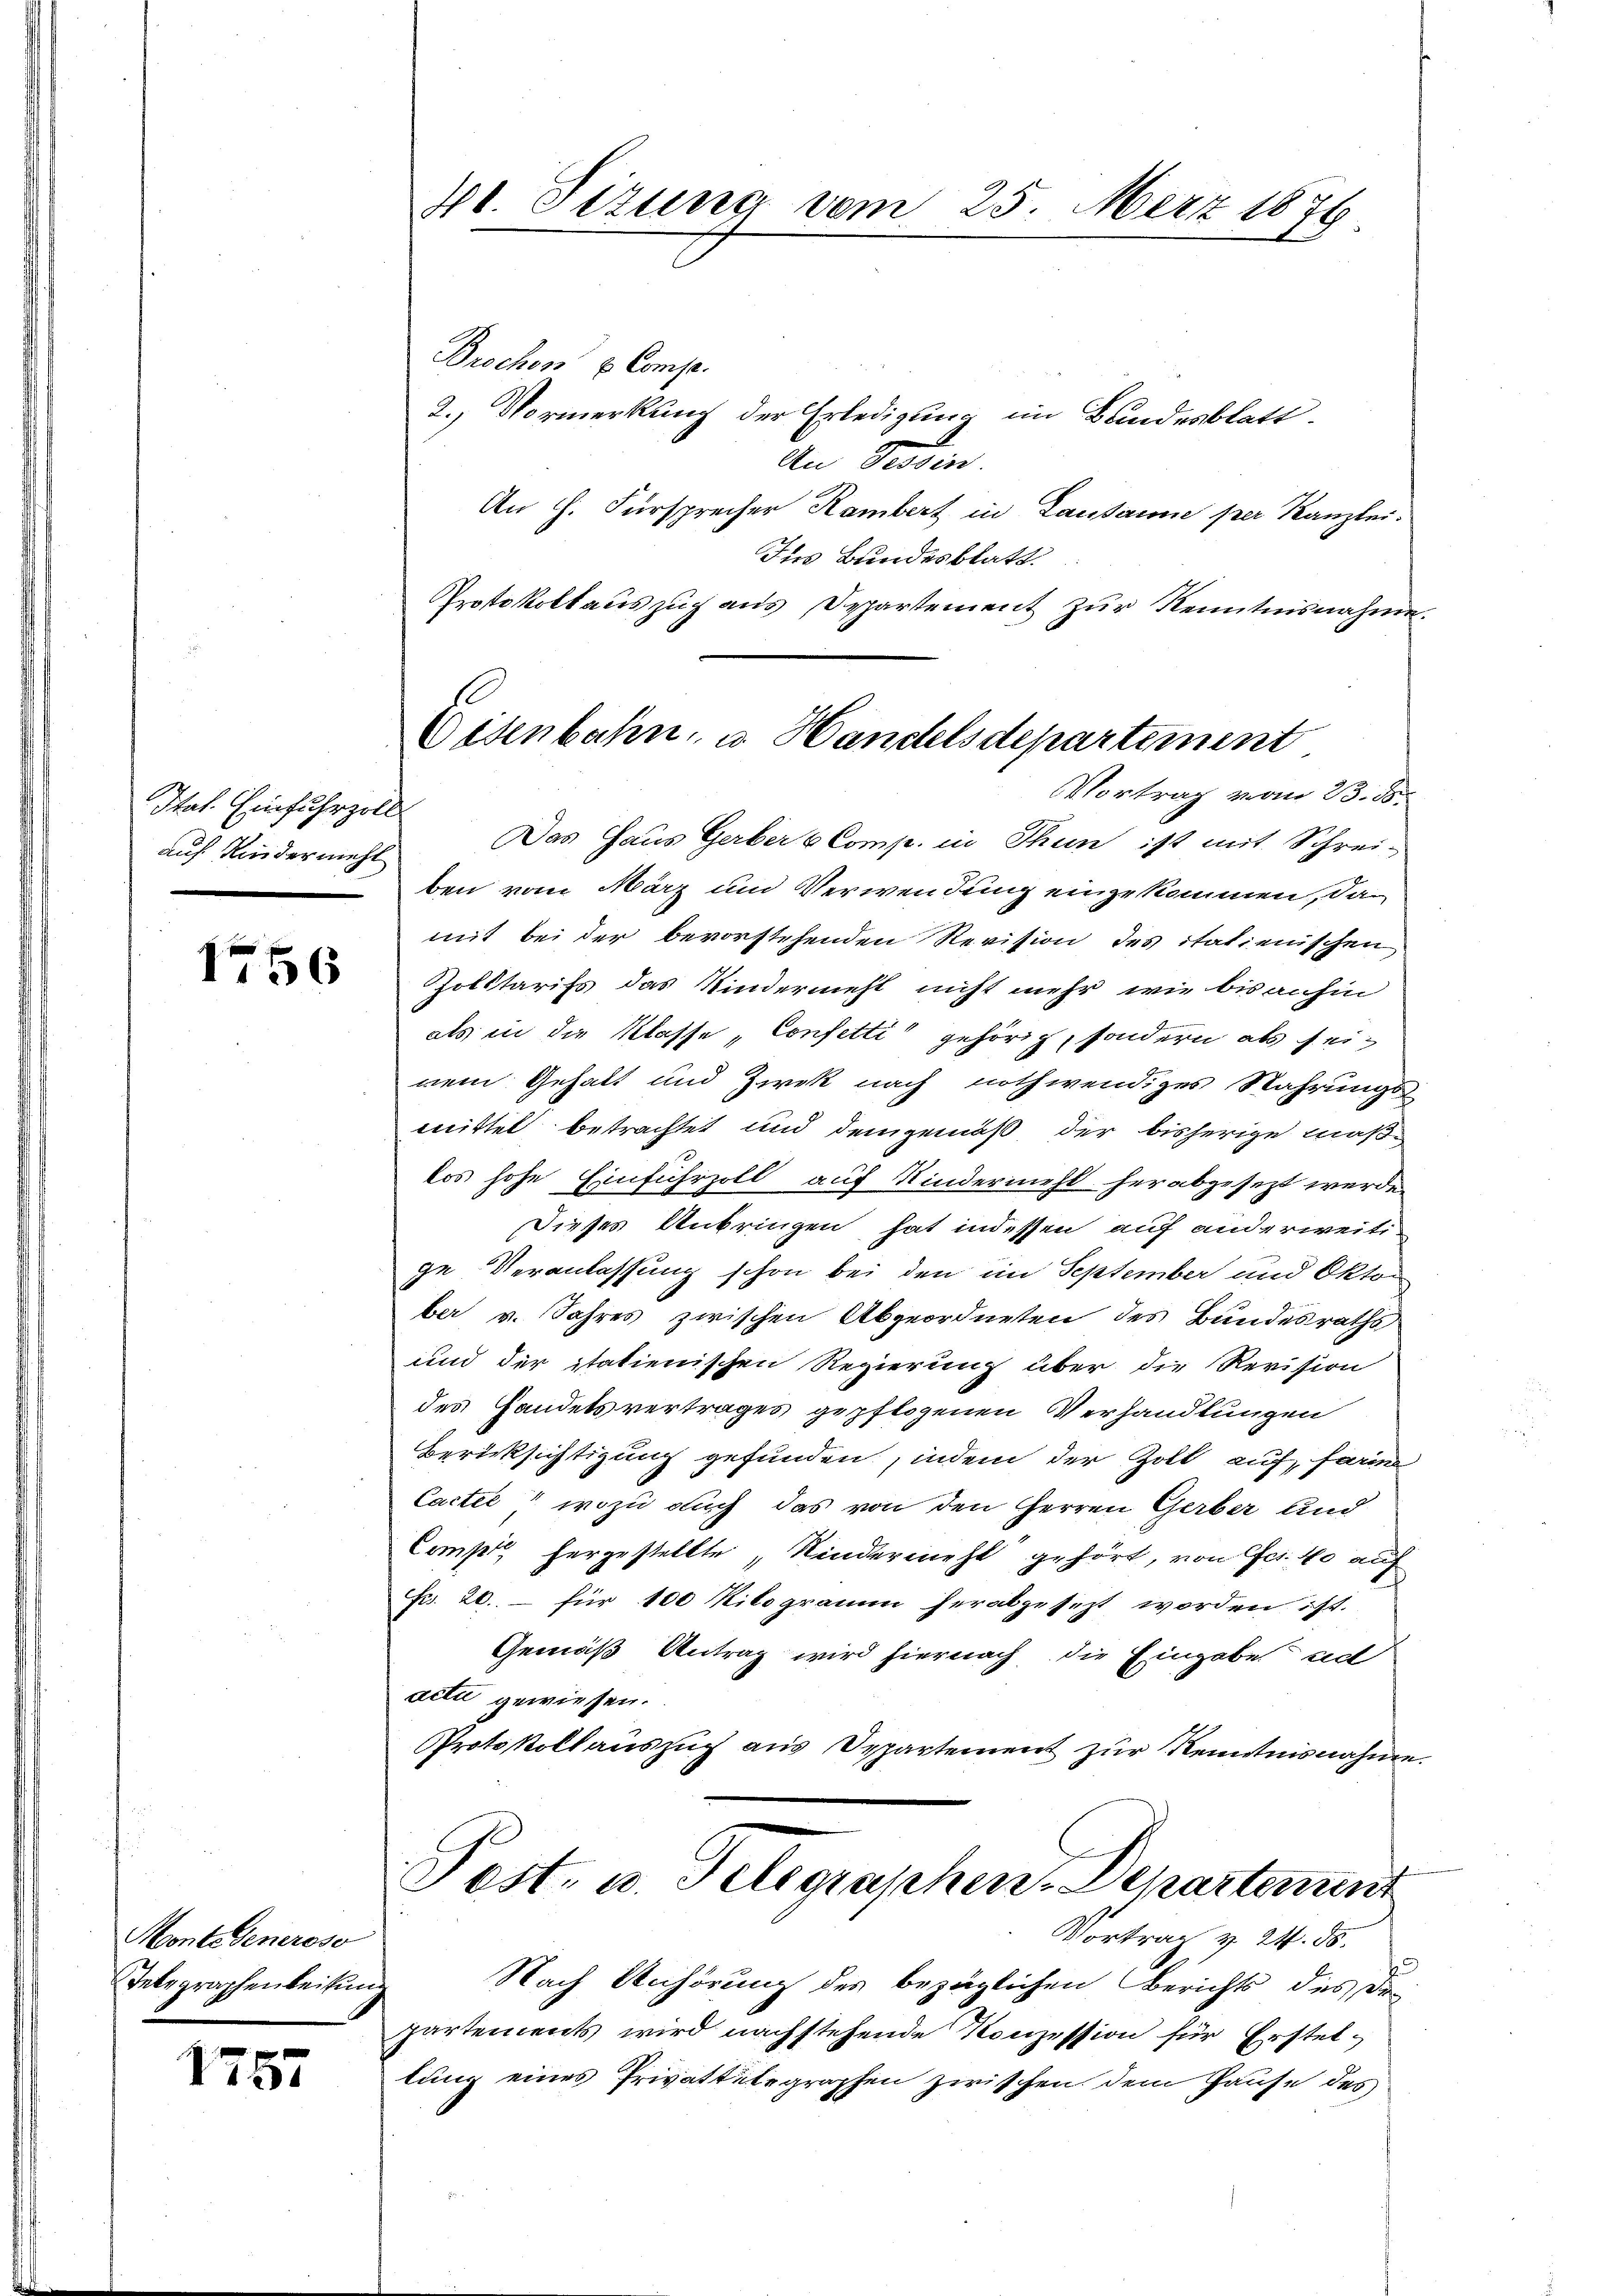
Stat. Einfuhrzoll
auf Kindermehl

1756

Montedeneroso
Telegraphenbeitun

1755

Brochen u. Comp.
2.) Vormerkung der Erledigung im Bundesblatt
An Tessin.
An H. Fürsprecher Rambert in Lausanne per Kanzlei.
Ins Bundesblatt.
Protokollauszug aus Departement zur Kenntnisnahm.
Das Haus Gerber Comp. in Thun ist mit Schrei-
ben vom März um Verwendung einzukommen, da
mit bei der bevorstehenden Revision des italienischen
Zotstarifs das Kindermehl nicht mehr wie bis anhin
als in die Klasse, Confetti gehörig, sondern als seirem Gehalt und Zwek nach nothwendiges Wahrungs-
mittel betrachtet und demgemäß der bisherige maßkos hohe Einfuhrzoll auf Kindermehl herabgesezt werde.
Dieses Anbringen hat indessen auf anderweitige Veranlassung schon bei den im September und Oktober v. Jahres zwischen Abgeordneten des Bundesraths
und der statienischen Regierung über die Revision
des Handelsvertrages gepflogenen Verhandlungen
Berücksichtigung gefunden, indem der Zoll auf harm
Cacter“ wozu auch das von den Herren Gerber und
Compte hergestellte, Kindermehl gehört, von Fr. 40 auch
Fr. 26. für 100 Kilogramm herabgesezt worden ist.
Gemäß Antrag wird hiernach die Eingabe und
deti gewiesen.
Protokollauszug aus Separtement zur Kenntnisnahm
Pest- u. Telegraphen-Departement
Vortrag v. 24. 55.
Nach Anhörung des bezüglichen Berichts des Dr.
partements wird nachstehende Konzession für Erstellung eines Privattetegraphen zwischen dem Hause des

4t. Sizung vom 25. März 1876

Eisenbahn, u. Handelsdepartement
VVortrag vom 23. 85.